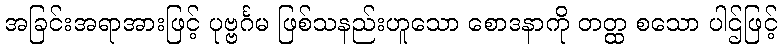
အခြင်းအရာအားဖြင့် ပုဗ္ဗင်္ဂမ ဖြစ်သနည်းဟူသော စောဒနာကို တတ္ထ စသော ပါဌ်ဖြင့်